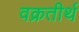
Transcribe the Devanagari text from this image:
वक्रतीर्थ